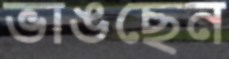
ভাঙছেন